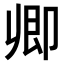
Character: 𠨞